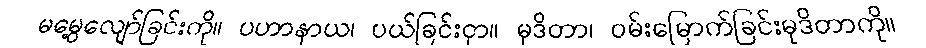
မမွေ့လျော်ခြင်းကို။ ပဟာနာယ၊ ပယ်ခြင်းငှာ။ မုဒိတာ၊ ဝမ်းမြောက်ခြင်းမုဒိတာကို။